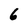
Character: 6